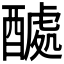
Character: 𮠽